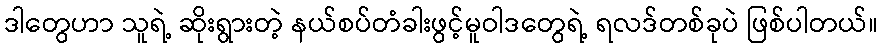
ဒါတွေဟာ သူရဲ့ ဆိုးရွားတဲ့ နယ်စပ်တံခါးဖွင့်မူဝါဒတွေရဲ့ ရလဒ်တစ်ခုပဲ ဖြစ်ပါတယ်။